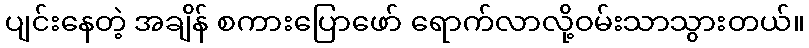
ပျင်းနေတဲ့ အချိန် စကားပြောဖော် ရောက်လာလို့ဝမ်းသာသွားတယ်။